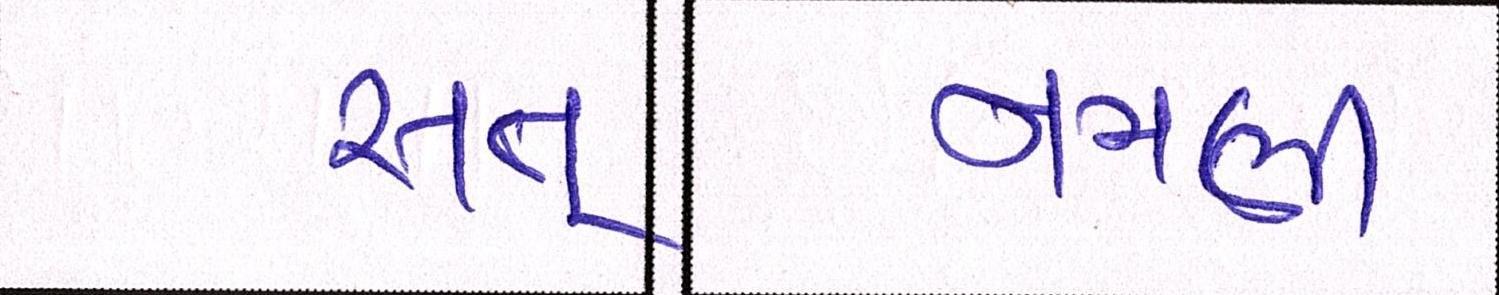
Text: સત્